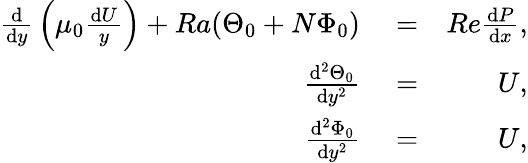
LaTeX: \begin{array}{rlr}{{\frac{\mathrm{d}}{\mathrm{d}y}}\left(\mu_{0}{\frac{\mathrm{d}U}{y}}\right)+Ra(\Theta_{0}+N\Phi_{0})}&{{}=}&{Re{\frac{\mathrm{d}P}{\mathrm{d}x}},}\\ {{\frac{\mathrm{d}^{2}\Theta_{0}}{\mathrm{d}y^{2}}}}&{{}=}&{U,}\\ {{\frac{\mathrm{d}^{2}\Phi_{0}}{\mathrm{d}y^{2}}}}&{{}=}&{U,}\end{array}